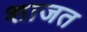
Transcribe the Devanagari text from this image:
शाजत